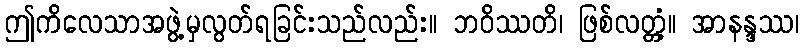
ဤကိလေသာအဖွဲ့မှလွတ်ရခြင်းသည်လည်း။ ဘဝိဿတိ၊ ဖြစ်လတ္တံ့။ အာနန္ဒဿ၊